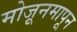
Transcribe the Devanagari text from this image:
मोजूनमापून